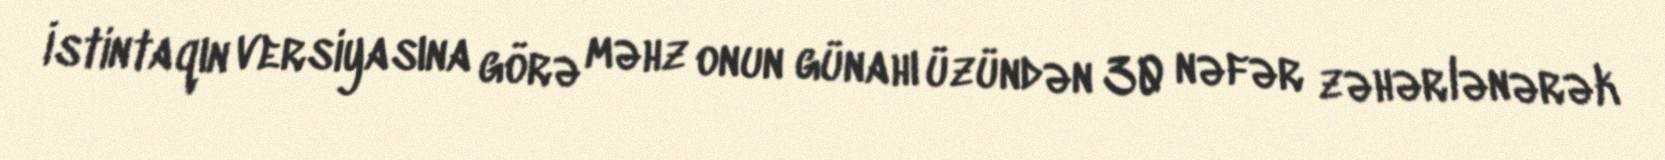
İstintaqın versiyasına görə məhz onun günahı üzündən 30 nəfər zəhərlənərək